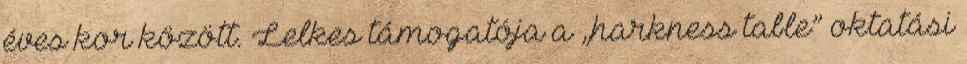
éves kor között. Lelkes támogatója a „harkness table” oktatási